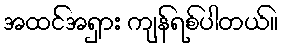
အထင်အရှား ကျန်ရစ်ပါတယ်။